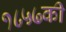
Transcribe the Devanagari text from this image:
१८५७की